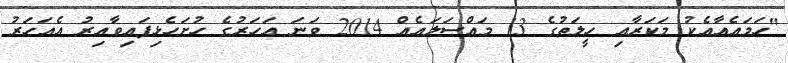
"ހަމައެއާއެކު މަކަރާއި ހީލަތުގެ 13 މައްސަލައެއް 2014 ވަނަ އަހަރުގެ ހުށަހެޅިފައިވާއިރު އެއަހަރު